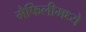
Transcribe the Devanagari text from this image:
मैफिलीमध्ये